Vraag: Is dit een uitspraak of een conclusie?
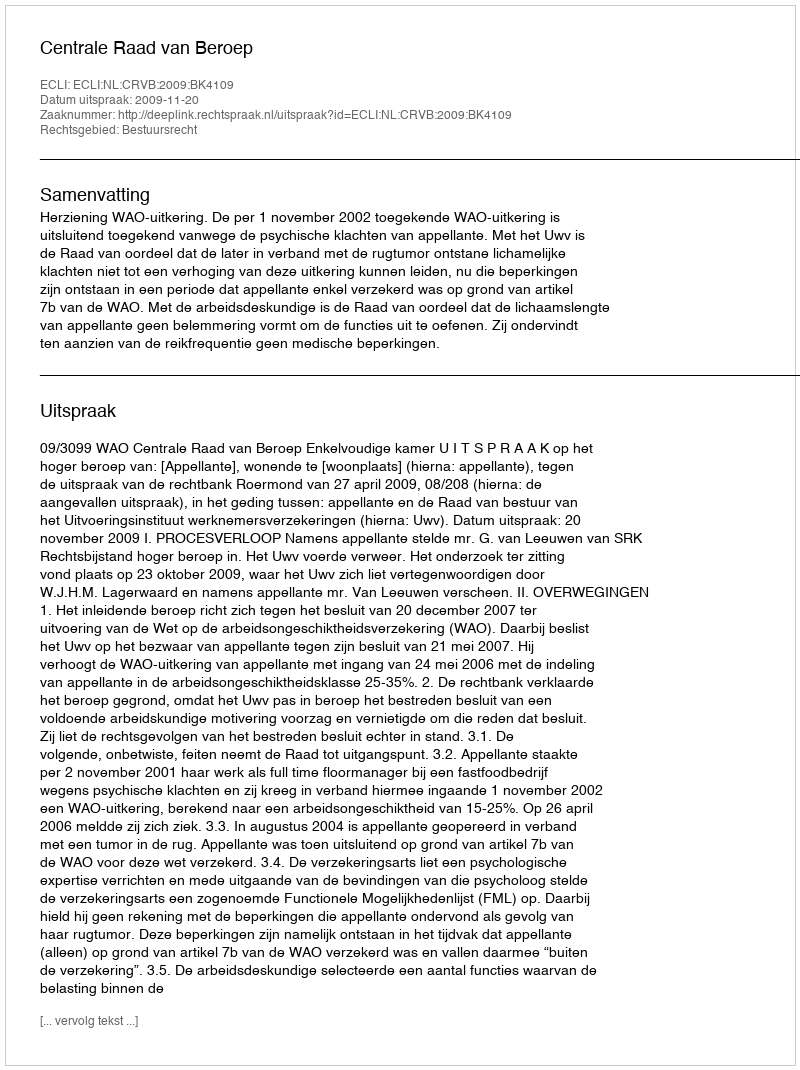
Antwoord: Uitspraak